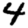
Digit: 4